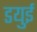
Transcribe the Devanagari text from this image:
डयुई